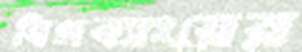
বিগব্যাংয়ের